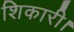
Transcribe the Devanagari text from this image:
शिकारी।